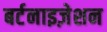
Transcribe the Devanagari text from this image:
बर्टनाइज़ेशन